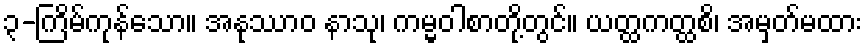
၃-ကြိမ်ကုန်သော။ အနုဿာဝ နာသု၊ ကမ္မဝါစာတို့တွင်။ ယတ္ထကတ္ထစိ၊ အမှတ်မထား